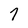
Character: 7